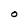
Character: O